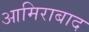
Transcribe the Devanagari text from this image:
आमिराबाद